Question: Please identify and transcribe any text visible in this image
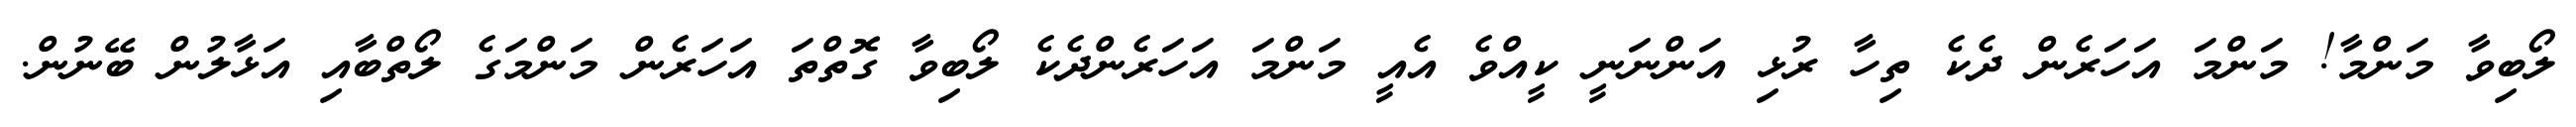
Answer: ލޯބިވާ މަންމާ! މަންމަ އަހަރެން ދެކެ ތިހާ ރުޅި އަންނަނީ ކީއްވެ އެއީ މަންމަ އަހަރެންދެކެ ލޯބިވާ ގޮތްތަ އަހަރެން މަންމަގެ ލޯތްބާއި އަޅާލުން ބޭނުން.